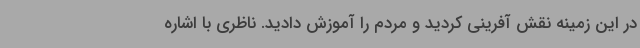
در این زمینه نقش آفرینی کردید و مردم را آموزش دادید. ناظری با اشاره